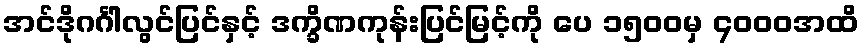
အင်ဒိုဂင်္ဂါလွင်ပြင်နှင့် ဒက္ခိဏကုန်းပြင်မြင့်ကို ပေ ၁၅၀၀မှ ၄၀၀၀အထိ